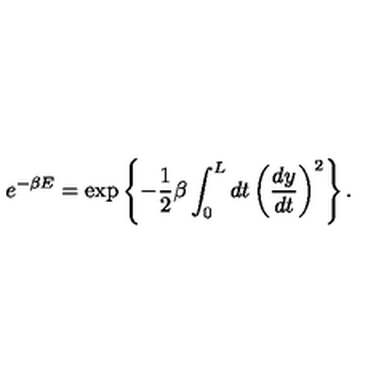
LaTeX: e ^ { - \beta E } = \exp \left\{ - \frac { 1 } { 2 } \beta \int _ { 0 } ^ { L } d t \left( \frac { d y } { d t } \right) ^ { 2 } \right\} .